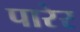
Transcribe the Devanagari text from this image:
पारेर